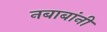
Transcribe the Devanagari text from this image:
नबाबांनी